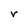
Character: r